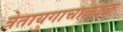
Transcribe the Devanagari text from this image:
त्रेतायुगाचाकाळ